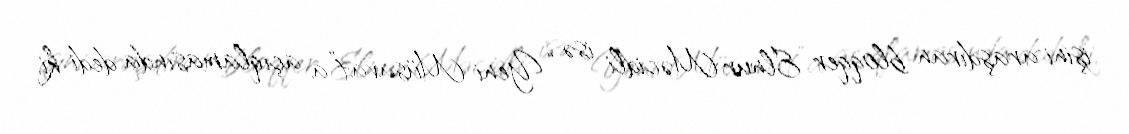
işini araşdıran bloqqer Elnur Məcidli isə “Yeni Müsavat”a açıqlamasında dedi ki,